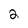
Character: 2